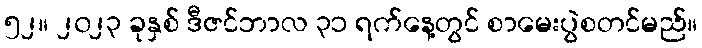
၅၂။ ၂၀၂၃ ခုနှစ် ဒီဇင်ဘာလ ၃၁ ရက်နေ့တွင် စာမေးပွဲစတင်မည်။